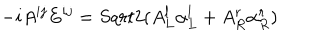
LaTeX: - i A ^ { i j } E ^ { i j } = S q r t { 2 } ( A _ { L } ^ { l } \alpha _ { L } ^ { l } + A _ { R } ^ { r } \alpha _ { R } ^ { r } )